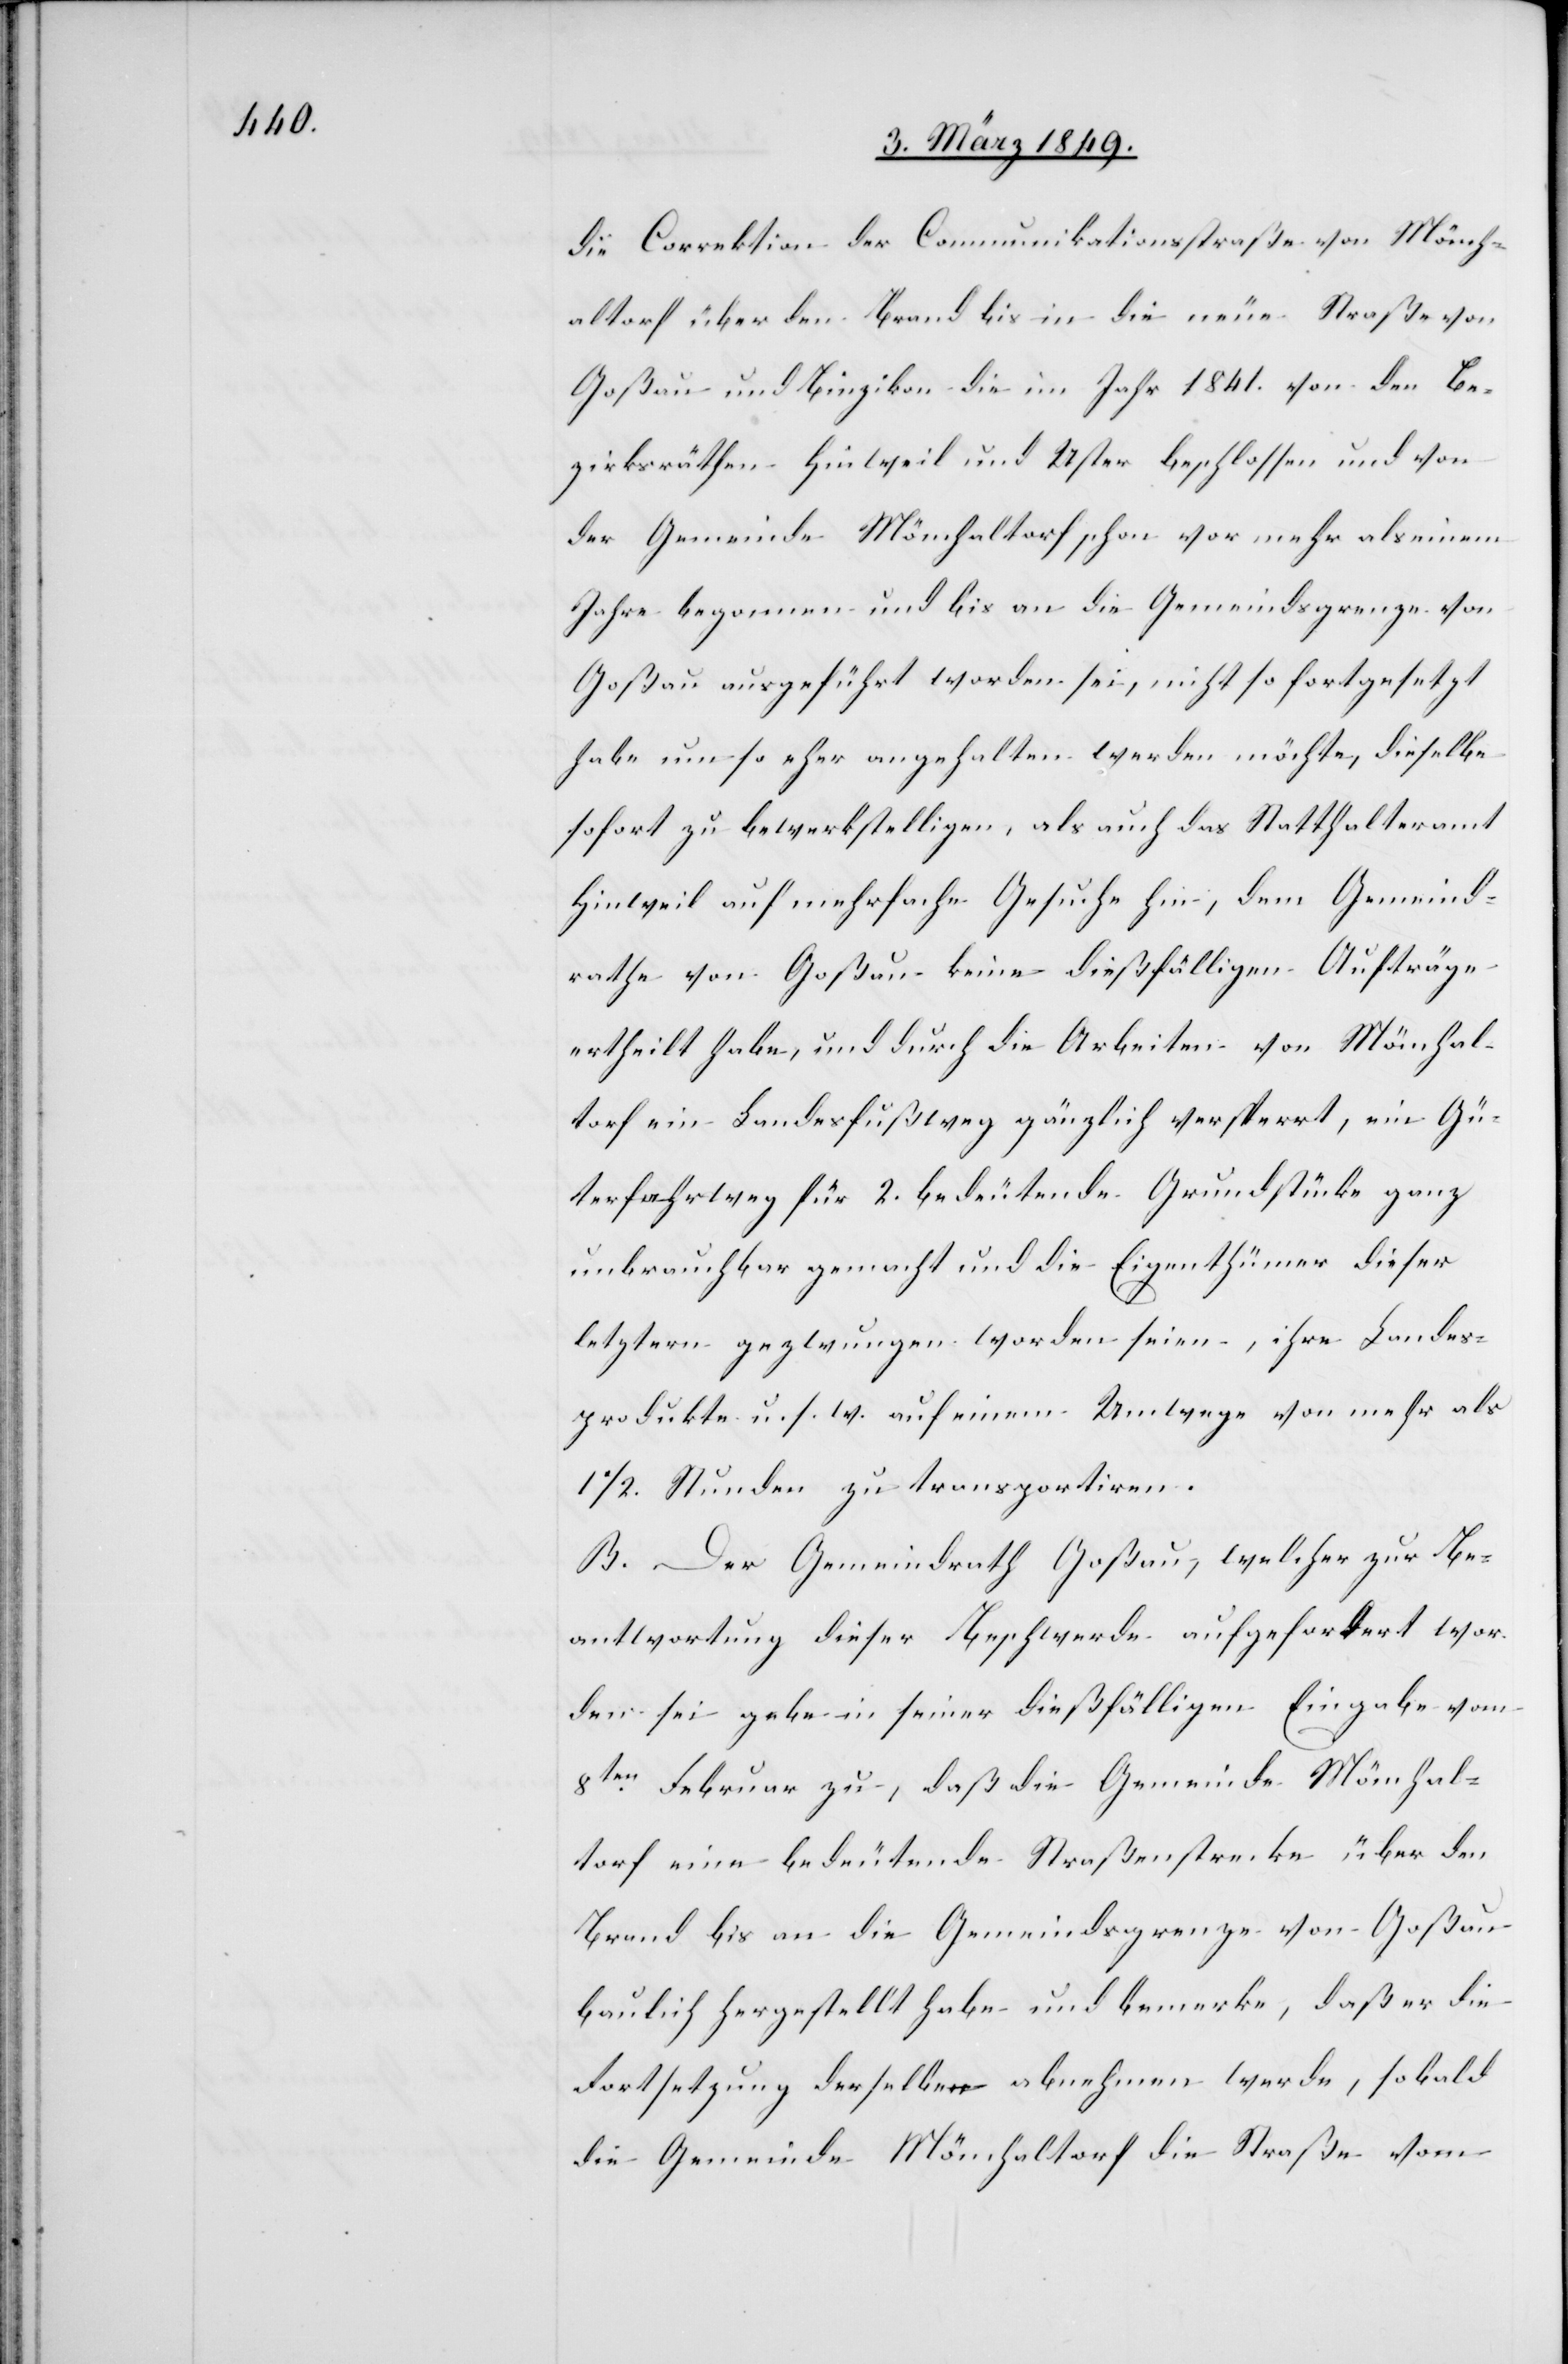
die Correktion der Communikationsstraße von Mönch¬
altorf über den Brand bis in die neue Straße von
Goßau und Binzikon die im Jahr 1841. von den Be¬
zirksräthen Hinweil und Uster beschlossen und von
der Gemeinde Mönchaltorf schon vor mehr als einem
Jahre begonnen und bis an die Gemeindsgrenze von
Goßau ausgeführt worden sei, nicht so fortgesetzt
habe um so eher angehalten werden möchte, dieselbe
sofort zu bewerkstelligen, als auch das Statthalteramt
Hinweil auf mehrfache Gesuche hin, dem Gemeind¬
rathe von Goßau keine dießfälligen Aufträge
ertheilt habe, und durch die Arbeiten von Mönchal¬
torf ein Landesfußweg gänzlich versperrt, ein Gü¬
terfahrweg für 2. bedeutende Grundstücke ganz
unbrauchbar gemacht und die Eigenthümer dieser
letztern gezwungen worden seien, ihre Landes¬
produkte u. s. w. auf einem Umwege von mehr als
1 1/2. Stunden zu transportiren.
B. Der Gemeindrath Goßau, welcher zur Be¬
antwortung dieser Beschwerde aufgefordert wor¬
den sei gebe in seiner dießfälligen Eingabe vom
8ten. Februar zu, daß die Gemeinde Mönchal¬
torf eine bedeutende Straßenstrecke über den
Brand bis an die Gemeindsgrenze von Goßau
baulich hergestellt habe und bemerke, daß er die
Fortsetzung derselben abnehmen werde, so bald
die Gemeinde Mönchaltorf die Straße vom